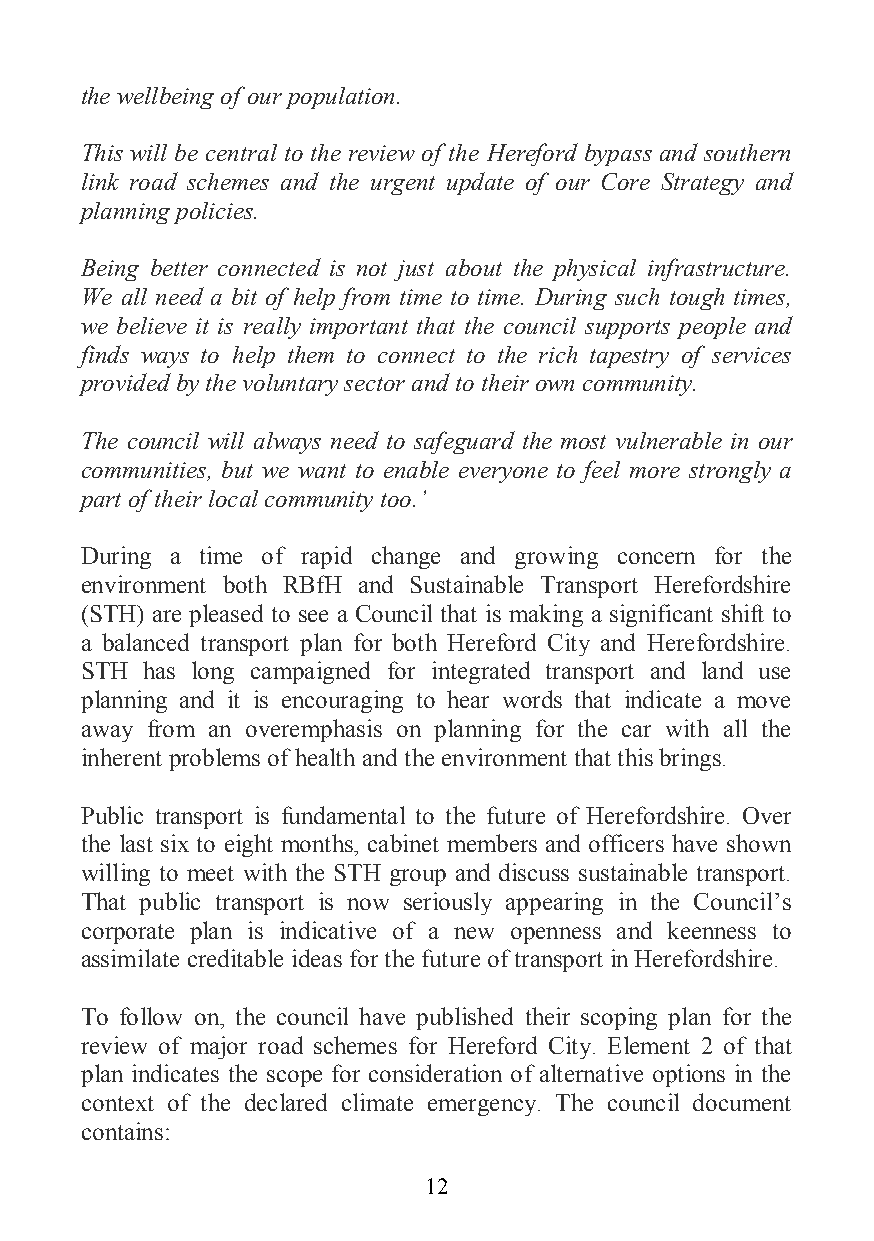
the wellbeing of our population.
 This will be central to the review of the Hereford bypass and southern
 link road schemes and the urgent update of our Core Strategy and
 planning policies.
 Being better connected is not just about the physical infrastructure.
 We all need a bit of help from time to time. During such tough times,
 we believe it is really important that the council supports people and
 finds ways to help them to connect to the rich tapestry of services
 provided by the voluntary sector and to their own community.
 The council will always need to safeguard the most vulnerable in our
 communities, but we want to enable everyone to feel more strongly a
 part of their local community too.’
 During a time of rapid change and growing concern for the
 environment both RBfH and Sustainable Transport Herefordshire
 (STH) are pleased to see a Council that is making a significant shift to
 a balanced transport plan for both Hereford City and Herefordshire.
 STH has long campaigned for integrated transport and land use
 planning and it is encouraging to hear words that indicate a move
 away from an overemphasis on planning for the car with all the
 inherent problems of health and the environment that this brings.
 Public transport is fundamental to the future of Herefordshire. Over
 the last six to eight months, cabinet members and officers have shown
 willing to meet with the STH group and discuss sustainable transport.
 That public transport is now seriously appearing in the Council’s
 corporate plan is indicative of a new openness and keenness to
 assimilate creditable ideas for the future of transport in Herefordshire.
 To follow on, the council have published their scoping plan for the
 review of major road schemes for Hereford City. Element 2 of that
 plan indicates the scope for consideration of alternative options in the
 context of the declared climate emergency. The council document
 contains:
 12